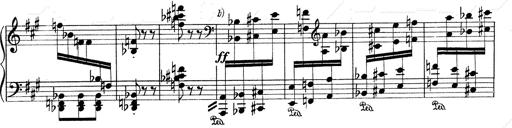
Title: Mephisto Waltz No.1
Composer: Franz Liszt